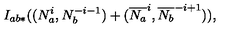
I _ { a b * } ( ( N _ { a } ^ { i } , N _ { b } ^ { - i - 1 } ) + ( \overline { { N _ { a } } } ^ { i } , \overline { { N _ { b } } } ^ { - i + 1 } ) ) ,